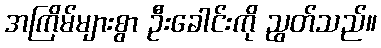
အကြိမ်များစွာ ဦးခေါင်းကို ညွတ်သည်။